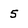
Character: 5